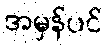
အမှန်ပင်